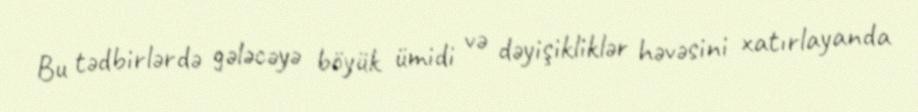
Bu tədbirlərdə gələcəyə böyük ümidi və dəyişikliklər həvəsini xatırlayanda